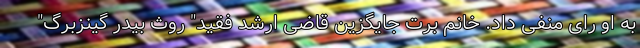
به او رای منفی داد. خانم برت جایگزین قاضی ارشد فقید" روث بیدر گینزبرگ"